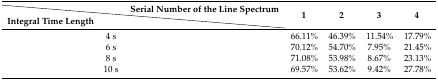
|  | Serial Number of the Line Spectrum | <ROWSPAN=2> 1 | <ROWSPAN=2> 2 | <ROWSPAN=2> 3 | <ROWSPAN=2> 4 |
 | Integral Time Length |  |
 | --- | --- | --- | --- | --- | --- |
 | <COLSPAN=2> 4 s | 66.11% | 46.39% | 11.54% | 17.79% |
 | <COLSPAN=2> 6 s | 70.12% | 54.70% | 7.95% | 21.45% |
 | <COLSPAN=2> 8 s | 71.08% | 53.98% | 8.67% | 23.13% |
 | <COLSPAN=2> 10 s | 69.57% | 53.62% | 9.42% | 27.78% |